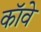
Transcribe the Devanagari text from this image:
कॉवे